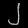
Digit: ၂